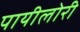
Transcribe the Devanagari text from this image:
पायीलोरी